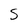
Character: S